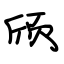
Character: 颀